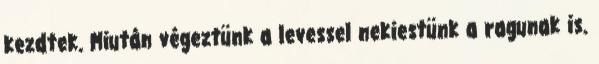
kezdtek. Miután végeztünk a levessel nekiestünk a ragunak is.